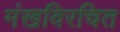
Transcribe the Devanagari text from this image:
मंखविरचित